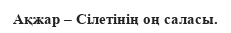
Ақжар – Сілетінің оң саласы.